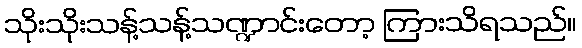
သိုးသိုးသန့်သန့်သဏ္ဍာင်းတော့ ကြားသိရသည်။